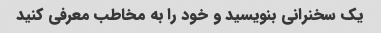
یک سخنرانی بنویسید و خود را به مخاطب معرفی کنید